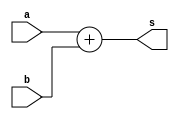
module adder (a,b,s);
    input [31:0] a,b;
    output [31:0] s;
    assign s=a+b;
endmodule